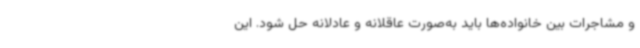
و مشاجرات بین خانواده‌ها باید به‌صورت عاقلانه و عادلانه حل شود. این